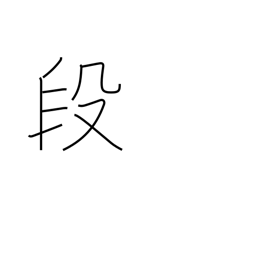
Meaning: stairs